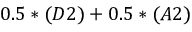
0 . 5 * ( D 2 ) + 0 . 5 * ( A 2 )